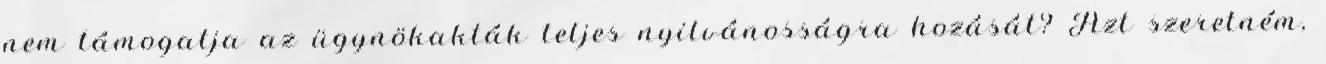
nem támogatja az ügynökakták teljes nyilvánosságra hozását? Azt szeretném,